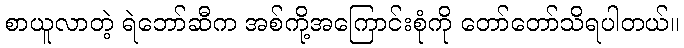
စာယူလာတဲ့ ရဲဘော်ဆီက အစ်ကို့အကြောင်းစုံကို တော်တော်သိရပါတယ်။